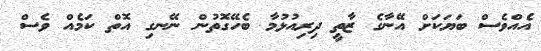
އެއްވެސް ބަޔަކަށް އޭނާގެ ޒާތީ ދިރިއުޅުމާ ބެހޭގޮތުން ނޭނގި އޮތް ކަމެއް ވެސް